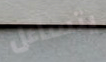
يتساءل